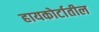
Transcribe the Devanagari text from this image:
हायकोर्टातील